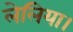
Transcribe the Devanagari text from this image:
लेलिया।